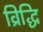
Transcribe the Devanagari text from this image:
व्रिद्धि